Calcutta medical institutions reports 1892-1900
Year: 1892
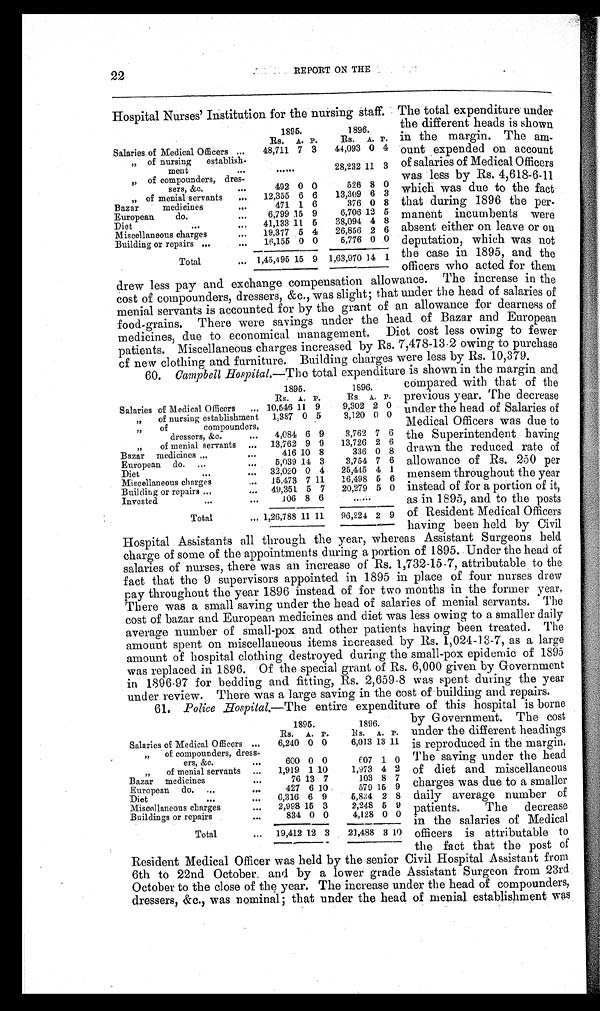
22
REPORT ON THE
Hospital Nurses' Institution for the nursing staff.
1895.
1896.
RS. A. P. R
s. A. P.
Salaries of Medical Officers
48,711 7 3 44,093 0 4
„
o f n u r s i n g
e s t a b l i s h -
ment
28,232 11 3
of compounders, dres-
sers &c.
492 0 0
526 8 0
of menial servants
12,355 6 6 13,309 6 3
Bazar medicines
471 1 6
376 0 8
European do.
6,799 15 9 6,706 12 5
Diet
41,133 11 5 38,094 4 8
Miscellaneous charges
19,377 5 4 26,856 2 6
Building or repairs
16,155 0 0 5,776 0 0
Total
1,45,495 15 9 1,63,970 14 1
The total expenditure under
the different heads is shown
in the margin. The am-
ount expended on account
of salaries of Medical Officers
was less by Rs. 4,618-6-11
which was due to the fact
that during 1896 the per-
manent incumbents were
absent either on leave or on
deputation, which was not
the case in 1895, and the
officers who acted for them
drew less pay and exchange compensation allowance. The increase in the
cost of compounders, dressers, &c., was slight; that under the head of salaries of
menial servants is accounted for by the grant of an allowance for dearness of
food-grains, There were savings under the head of Bazar and European
medicines, due to economical management. Diet cost less owing to fewer
patients. Miscellaneous charges increased by Rs. 7,478-13 , 2 owing to purchase
cf new clothing and furniture. Building charges were less by Rs. 10,379.
60. Camibell Hospital.-The total expenditure is shown in the margin and
compar ed wi t h t nat of t he
Previous year. 'Ile decrease
under the head of Salaries of
Medical Officers was due to
the Superintendent having
drawn the reduced rate of
allowance of Rs. 250 per
mensem throughout the year
instead of for a portion of it,
as in 1895, and to the posts
of Resident Medical Officers
having been held by Civil
Hospital Assistants all through the year, whereas Assistant Surgeons held
charge of some of the appointments during a portion of 1895. Under the head of
salaries of nurses, there was an increase of Rs. 1,73245-7, attributable to the
fact that the 9 supervisors appointed in 1895 in place of four nurses drew
pay throughout the year 1896 instead of for two months in the former year
There was a small saving under the head of salaries of menial servants. The
cost of bazar and European medicines and diet was less owing to a smaller daily
average number of small-pox and other patients having been treated. The
amount spent on miscellaneous items increased by Rs. 1,024-13-7, as a large
amount of hospital clothing destroyed during the small-pox epidemic of 1895
was replaced in 1896. Of the special grant of Rs. 6,000 given by Government
in 1896-97 for bedding and fitting, Rs. 2,6598 was spent during the year
under review. There was a large saving in the cost of building and repairs.
al
The entire expenditure of this hospital is borne
by
Government The cost
under the different headings
is reproduced in the margin.
The saving under the head
of diet and miscellaneous
charges was due to a smaller
daily average number of
patients. The decrease
in the salaries of Medical
officers is attributable to
the fact that the post of
Resident Medical Officer was held by the senior Civil Hospital Assistant from
6th to 22nd October. and by a lower grade Assistant Surgeon from 23rd
October to the close of the year. The increase under the head of compounders,
dressers, &c., was nominal; that under the head. of menial establishment was
1895.
1896.
Rs. A. P. Rs A. P. i
Salaries of Medical Officers
10,546 11 9 9,302 2 0
of nursing establishment 1,387 0 5 3,120 0 0
of
compounders,
dressers, &c. 4,084 6 9 3,762 7 6
of menial servants
13,762 9 9 13,726 2 6
Bazar medicines
416 10 8
336 0 8
European do.
5,039 14 3 3,754 7 6
Diet
32,020 0 4 25,415 4 1
Miscellaneous charges
15,473 7 11 16,498 5 6
Building or repairs
49,351 5 7 20,279 5 0
Invested
1 0 6 8 6
Total
1,26,788 11 11 96,224 2 9
1895.
1896.
Rs. A. P. Rs. A. P.
Salaries of Medical Officers 6,240 0 0 6,013 13 11
,, of compounders, dress-
ers, &c
600 0 0
€07 1 0
„ of menial servants
1,919 1 10 1,973 4 2
Bazar medicines
76 13 7
103 8 7
European do.
427 6 10
579 16 9
Diet
6,316 6 9 5,834 2 8
Miscellaneous charges 2,998 15 3 2,248 5 9
Buildings or repairs
834 0 0 4,128 0 0
Total
„ . 19,412 12 3 21,488 3 10